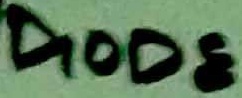
Text: DIODE